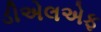
ડીએલએફ